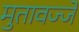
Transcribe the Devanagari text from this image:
मुतावज्जे